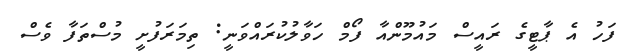
ފަހު އެ ޕާޓީގެ ރައީސް މައުމޫންއާ ފޯމް ހަވާލުކުރައްވަނީ: ތިމަރަފުށީ މުސްތަފާ ވެސް